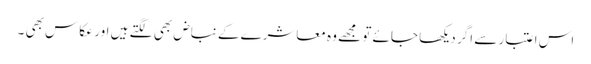
اس اعتبار سے اگر دیکھا جائے تو مجھے وہ معاشرے کے نباض بھی لگتے ہیں اور عکاس بھی ۔